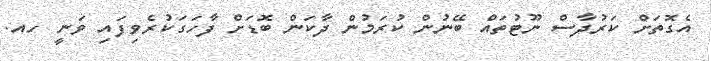
އެގޮތަށް ކަރުދާސް ނޫޓުތައް ބޭނުން ކުރަމުން ދާކަން ބޮޑަށް ފާހަގަކުރެވިފައި ވަނީ ހއ.